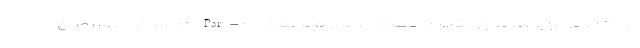
بودند، در برابر سرطان مقاوم هستند. علاوه بر نقش Par-۴ در سرکوب سرطان